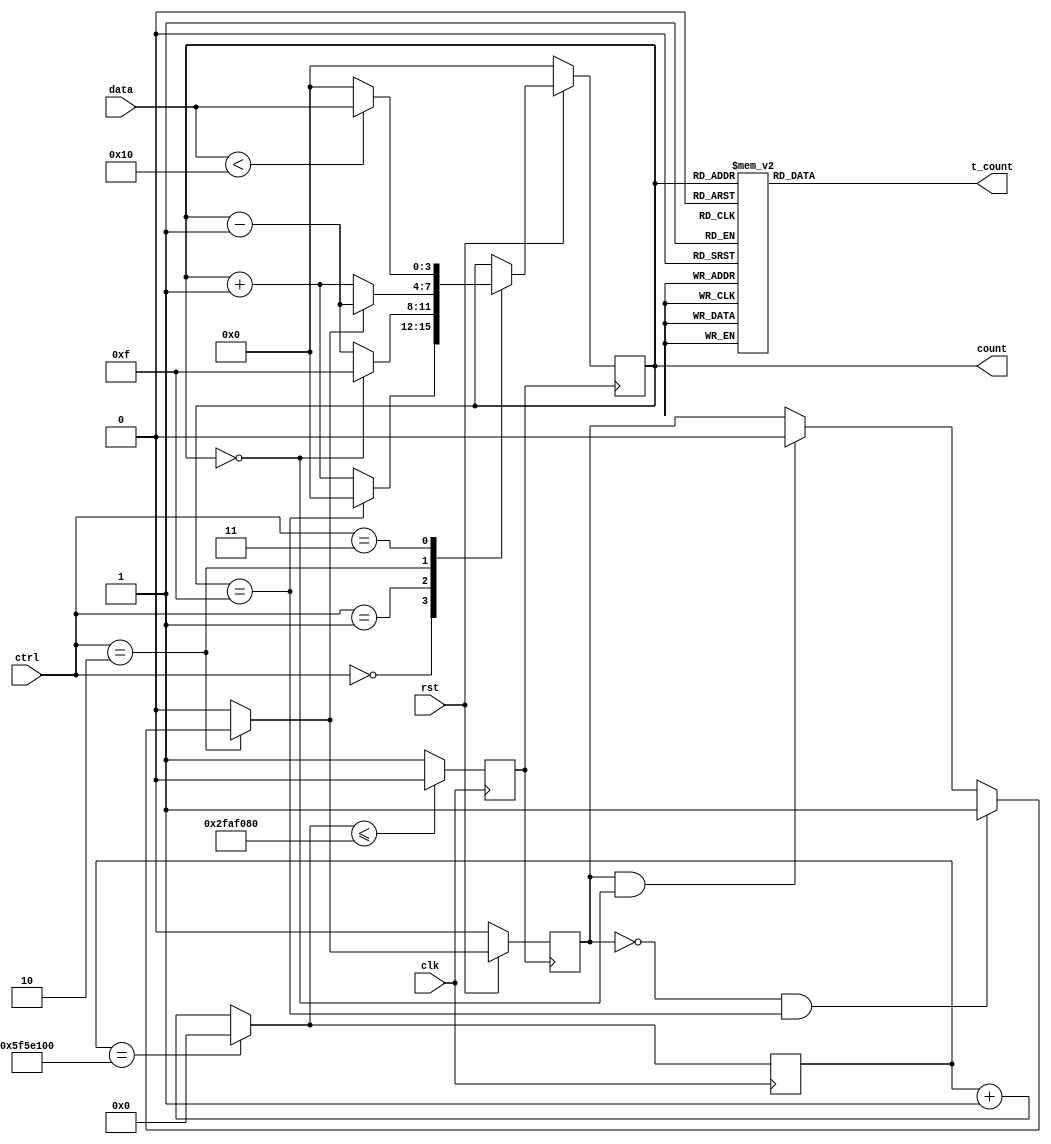
`timescale 1s/10ps
module modcounter #(parameter N = 16)(clk,rst,ctrl,data,count,t_count);
  input clk,rst;
  input [2:0] ctrl;                 // to decide what the counter must do
  input [3:0] data;                 // To store the value that must be 'loaded' into the counter
  output reg [3:0] count;           // Outpur register variable that stores the current count value
  output reg [15:0] t_count;        // register variable to give thermometric count for better visualization
  
  
  reg [26:0] clk2count_comb;        // counter used in combinational always block to count to downscale the clock signal
  reg [26:0] clk2count_clk;         // count   used in clocked always block to count to downscale the clock signal
  reg clk2;                         // register variable to hold the value of the clock signal
  
  reg flag_clk;                     // flag that is updated in the clocked always block
  reg flag_comb;                    // flag that is updated in the combinational always block
  reg[3:0] count_next;              // Intermediate register variable that stores the next value of the count


// Counting action to perform the downscaling of the clock signal
always@(*)
begin
  if(clk2count_clk == 100000000) clk2count_comb = 0;
  else                           clk2count_comb = clk2count_clk + 1;
end

always@(posedge clk)
  begin         
     clk2count_clk <= clk2count_comb;
     if(clk2count_comb <= 50000000) clk2 <= 0; 
     else                           clk2 <= 1;
  end


// Running the sequential circuit using the downscaled clock signal
always@(posedge clk2)
begin
  if(rst == 0)
    begin
      flag_clk <= 0;
      count    <= 0;
    end
  else
    begin
      flag_clk <= flag_comb; 
      count    <= count_next;
    end
end

// always block to take care of flag updation
always@(*)
  begin
   if(ctrl == 2)
     begin
        if      ((flag_clk == 0) && (count == N-1)) flag_comb = 1;  // start down counting as max count has been reached
        else if ((flag_clk == 1) && (count == 0))   flag_comb = 0;  // start up counting as min count has been reached
        else      flag_comb = flag_clk;                             // Retain the previous state of the flag for intermediate values
     end
   else flag_comb = 0;
  end

// Count generation block (Done within a combinational always block)
// Recommended to use blocking assignments inside a combinational always block
  always@(*)
    begin
       case(ctrl)                                                       
         0: count_next = (count == N-1) ? 0 : (count + 1);                   // ctrl = 0 => Up Count
         1: count_next = (count == 0)? (N-1): (count-1);                     // ctrl = 1 => Down Count
         2: count_next = (flag_comb == 0) ? (count + 1) : (count - 1);       // ctrl = 2 => Up/Down count
         3: count_next = (data < N) ? data : 0;                                               // ctrl = 3 => Load Data
         default: count_next = count;                                        // ctrl = 4,5,6,7 => Hold the data 
       endcase
    end

   always@(*)
     begin
       case(count)
        0: t_count = 0;
        1: t_count = 1;   // 0000 0000 0000 0001 => 1
        2: t_count = 3;   // 0000 0000 0000 0011 => 3
        3: t_count = 7;   // 0000 0000 0000 0111 => 7
        4: t_count = 15;  // 0000 0000 0000 1111 => 15
        5: t_count = 31;  // 0000 0000 0001 1111 => 1F
        6: t_count = 63;  // 0000 0000 0011 1111 => 3F
        7: t_count = 127; // 0000 0000 0111 1111 => 7F
        8: t_count = 255; // 0000 0000 1111 1111 => FF
        9: t_count = 511;  // 0000 0001 1111 1111 => 1FF
        10: t_count = 1023; // 0000 0011 1111 1111 => 3FF
        11: t_count = 2047; // 0000 0111 1111 1111 => 7FF
        12: t_count = 4095; // 0000 1111 1111 1111 => FFF
        13: t_count = 8191; // 0001 1111 1111 1111 => 1FFF
        14: t_count = 16383; // 0011 1111 1111 1111  => 3FFF
        15: t_count = 32767; // 0111 1111 1111 1111 => 7FFF
        default : t_count = 0; 
      endcase
    end
endmodule